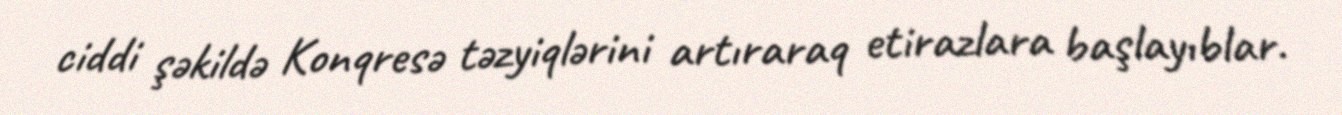
ciddi şəkildə Konqresə təzyiqlərini artıraraq etirazlara başlayıblar.